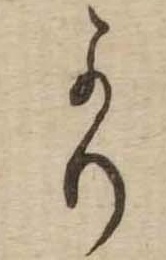
より